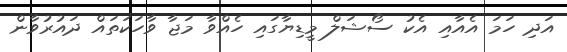
އަދި ހަމަ އެއާއި އެކު ސޯޝަލް މީޑިޔާގައި ހެއްވާ މަޖާ ވާހަކަތައް ދައުރުވާން